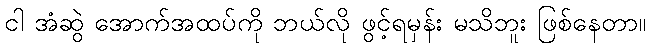
ငါ အံဆွဲ အောက်အထပ်ကို ဘယ်လို ဖွင့်ရမှန်း မသိဘူး ဖြစ်နေတာ။